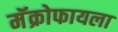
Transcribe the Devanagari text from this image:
मॅक्रोफायला